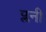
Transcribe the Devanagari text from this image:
प्लनी